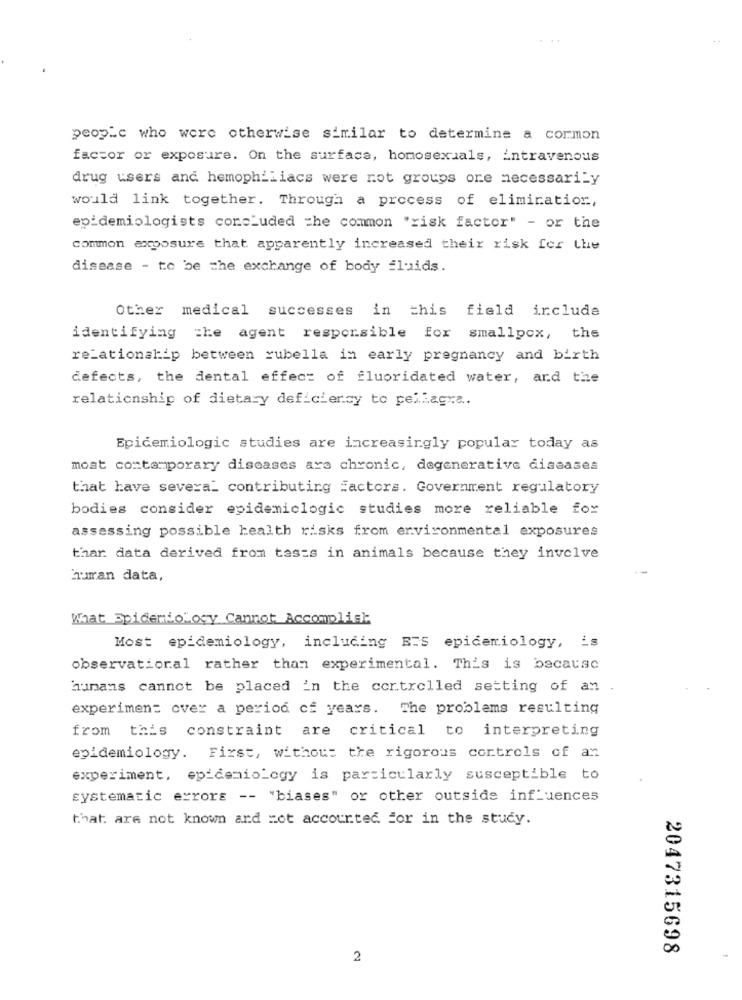
people who were otherwise similar to determine a common
factor or exposure. On the surface, homosexuals, intravenous
drug users and hemophiliacs were not groups ore necessarily
would link together. Through a process of elimination,
epidemiologists concluded the common "risk factor" - or the
common exposure that apparently increased their risk for the
disease - to be the exchange of body fluids.
Other medical successes
in this field include
identifying the agent responsible for smallpox, the
relationship between rubella in early pregnancy and birth
defects, the dental effect of fluoridated water, and the
relationship of dietary deficiency to pellagra ..
Epidemiologic studies are increasingly popular today as
most contemporary diseases ara chronic, degenerative diseases
that have several contributing Factors. Government regulatory
bodies consider epidemiclogic studies more reliable for
assessing possible health risks from environmental exposures
thar data derived from tasss in animals because they involve
human data,
What Epidemio"ocy Cannot Accomplish
Most epidemiology, including BIS epidemiology, is
observational rather than experimental. This is because
humans cannot be placed in the controlled setting of an
experiment over a period of years. The problems resulting
from this constraint are critical to interpreting
epidemiology. First, without the rigorous controls of an
experiment, epidemiology is particularly susceptible to
systematic errors -- "biases" or other outside influences
that are not known and zot accounted for in the study.
2047315698
2